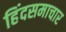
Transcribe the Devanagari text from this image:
हिंदसमाचार